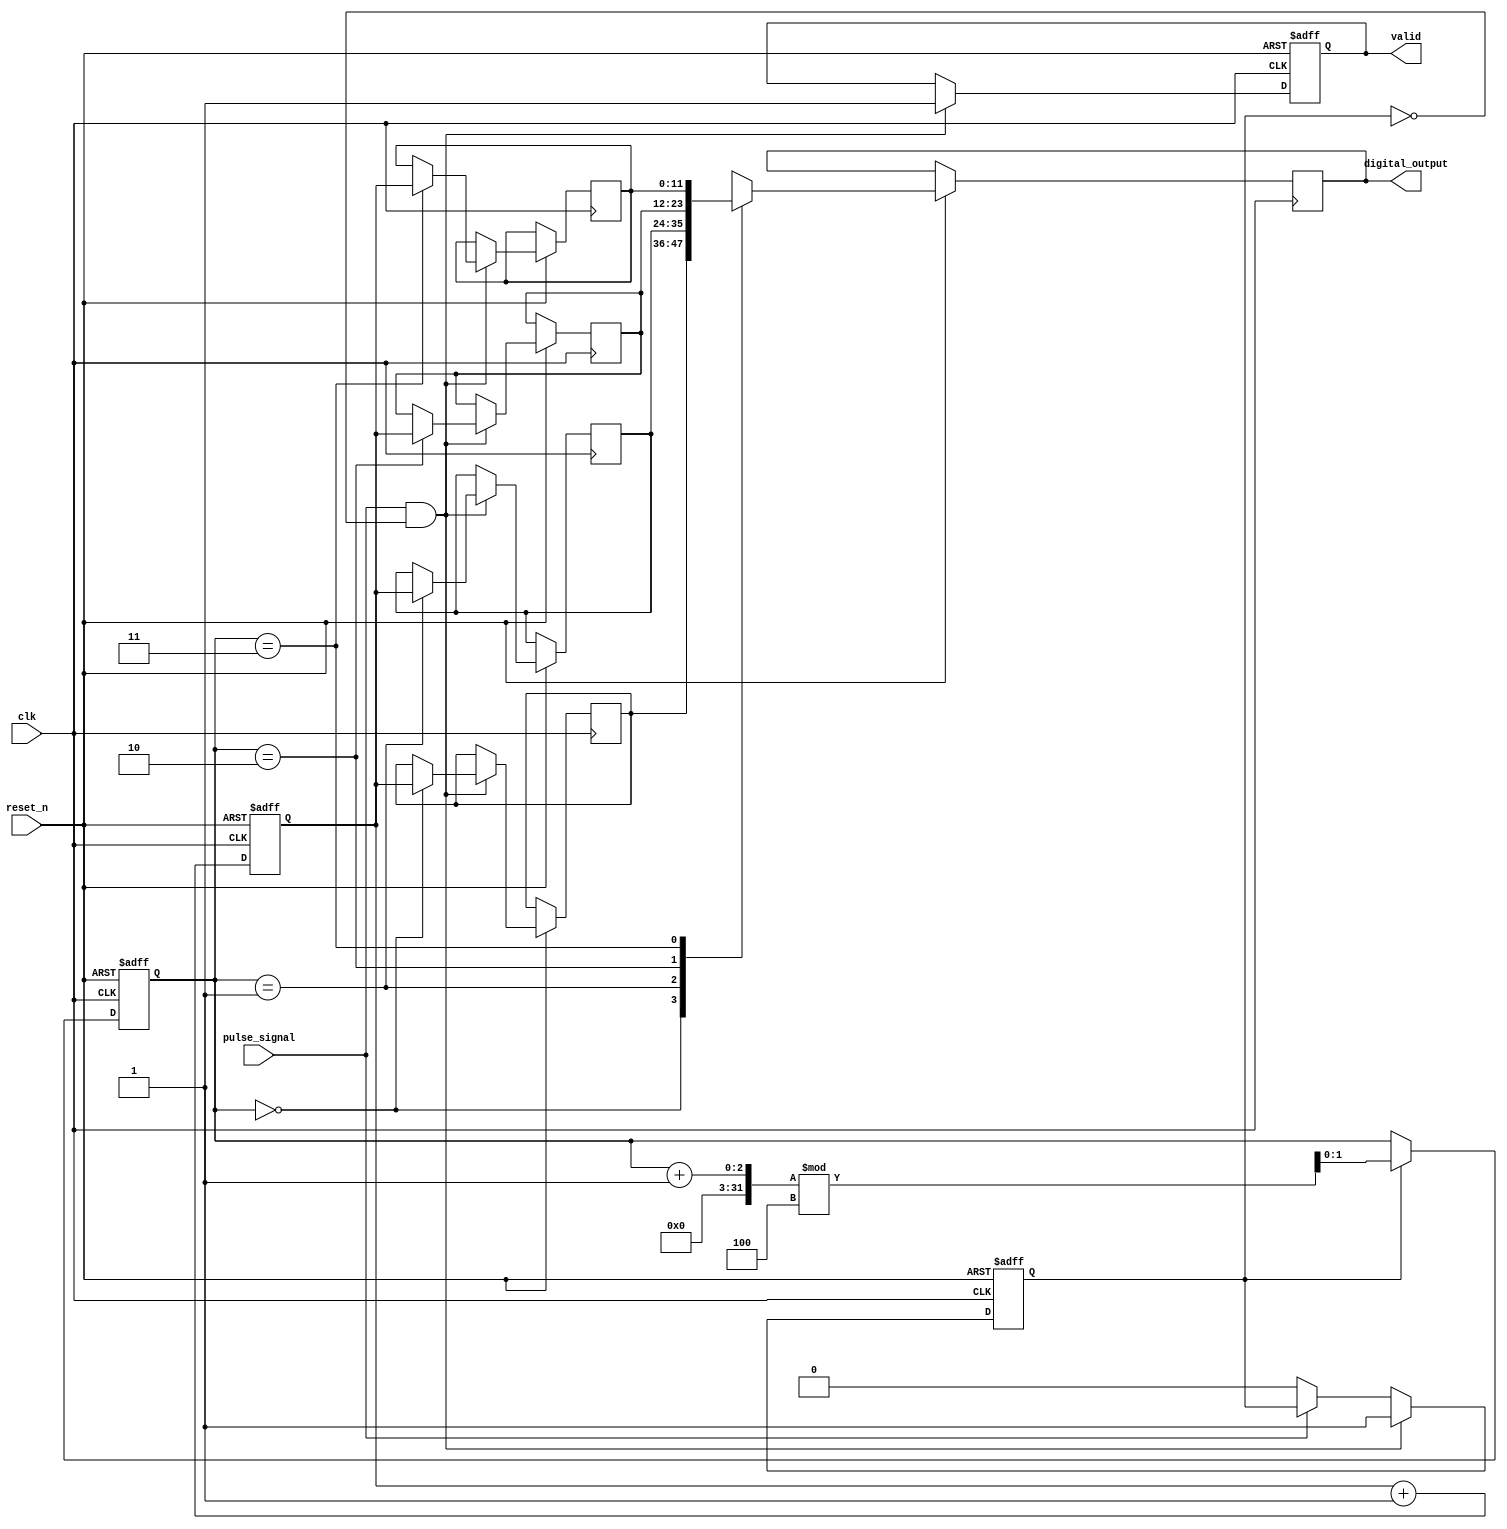
module TDC (
    input wire clk,                     // High-frequency clock
    input wire reset_n,                 // Active low reset
    input wire pulse_signal,             // Input pulse signal
    output reg [N-1:0] digital_output,   // Digital output for time interval
    output reg valid                     // Output valid signal
);
    parameter N = 12;                   // Bit width for digital output
    parameter NUM_TDC_UNITS = 4;       // Number of TDC units
    parameter CLOCK_PHASES = 4;         // Clock phases for interleaving

    reg [N-1:0] time_stamps [0:NUM_TDC_UNITS-1]; // Memory blocks for each TDC unit
    reg [N-1:0] counter;                 // Counter for clock cycles
    reg [1:0] current_unit;              // Current TDC unit being sampled
    reg pulse_edge_detected;             // Pulse edge detection flag

    // Synchronization and sampling
    always @(posedge clk or negedge reset_n) begin
        if (!reset_n) begin
            counter <= 0;
            current_unit <= 0;
            valid <= 0;
            pulse_edge_detected <= 0;
        end else begin
            // Detect rising edge of pulse_signal
            if (pulse_signal && !pulse_edge_detected) begin
                pulse_edge_detected <= 1;
                time_stamps[current_unit] <= counter; // Capture timestamp
                valid <= 1; // Indicate valid output
            end else if (!pulse_signal) begin
                pulse_edge_detected <= 0;
            end
            
            // Increment counter for clock cycles
            counter <= counter + 1;

            // Cycle through TDC units
            if (pulse_edge_detected) begin
                current_unit <= (current_unit + 1) % NUM_TDC_UNITS; // Switch to next TDC unit
            end
            
            // Output the digital result from the current unit
            digital_output <= time_stamps[current_unit];
        end
    end
endmodule